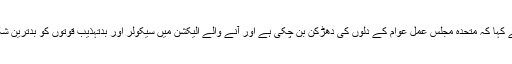
لیاقت بلوچ نے کہا کہ متحدہ مجلس عمل عوام کے دلوں کی دھڑکن بن چکی ہے اور آنے والے الیکشن میں سیکولر اور بدتہذیب قوتوں کو بدترین شکست دے گی۔